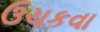
ઉચકવા